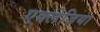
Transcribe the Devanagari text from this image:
एक्लेजिया